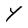
Character: Y